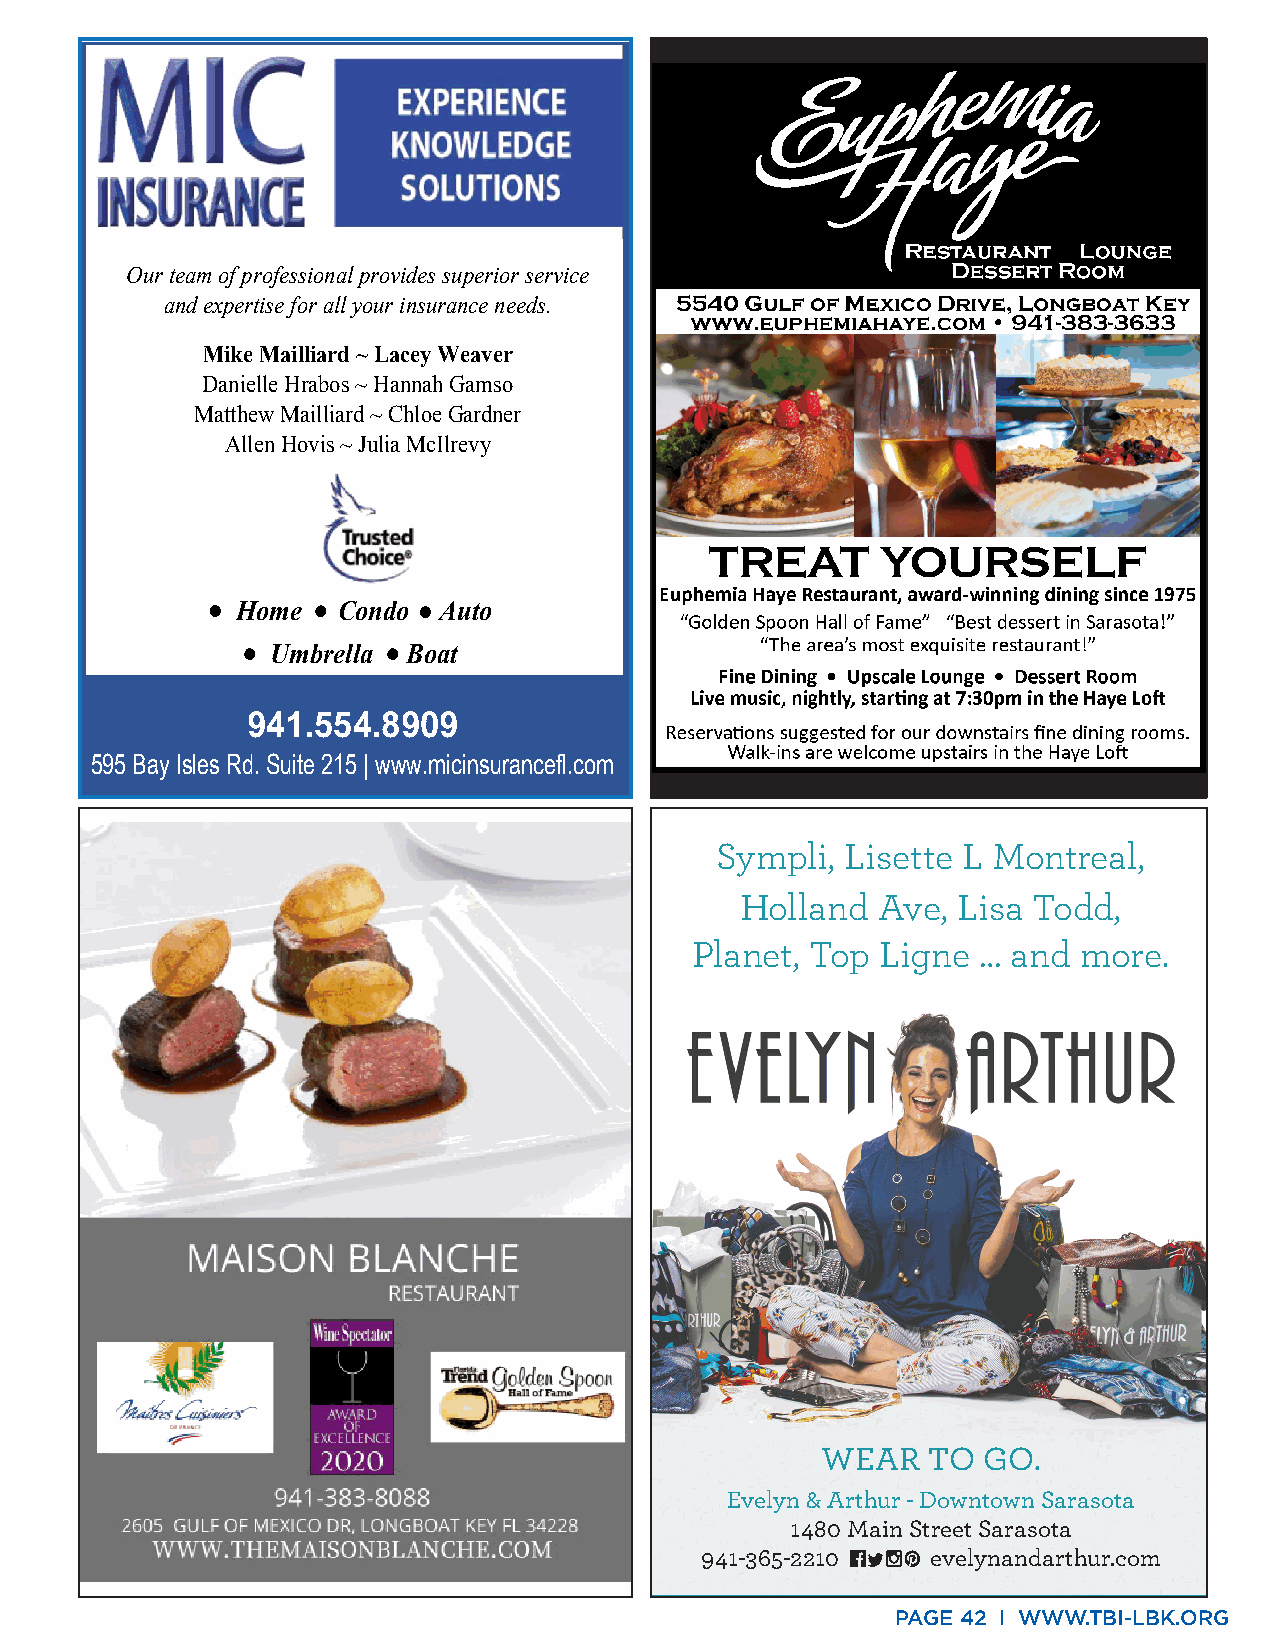
Our team of professional provides superior service
 and expertise for all your insurance needs.
 Mike Mailliard ~ Lacey Weaver
 Danielle Hrabos ~ Hannah Gamso
 Matthew Mailliard ~ Chloe Gardner
 Allen Hovis ~ Julia McIlrevy
 Home  Condo  Auto
 Umbrella Boat
 941.554.8909
 595 Bay Isles Rd. Suite 215 | www.micinsurancefl.com
 Sympli,  Lisette L Montreal,
 Holland  Ave, Lisa Todd,
 Planet, Top Ligne  … and  more.
 WEAR   TO  GO.
 Evelyn & Arthur - Downtown Sarasota
 1480 Main Street Sarasota
 941-365-2210    evelynandarthur.com
 PAGE 42 I WWW.TBI-LBK.ORG